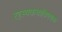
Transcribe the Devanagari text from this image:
रहस्यकथाविषयक